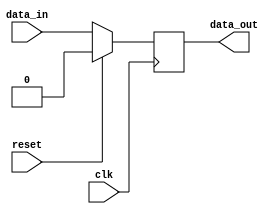
module synchronous_logic (
    input wire clk,
    input wire reset,
    input wire data_in,
    output reg data_out
);

always @(negedge clk) begin
    if (reset) begin
        data_out <= 1'b0; // Reset the output on falling edge of clock
    end else begin
        data_out <= data_in; // Update output with input on falling edge of clock
    end
end

endmodule